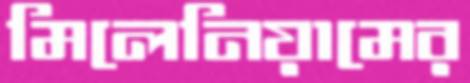
মিলেনিয়ামের